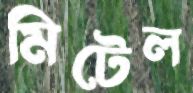
মিটেল